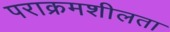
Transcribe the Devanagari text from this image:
पराक्रमशीलता